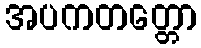
အပကတတ္တော